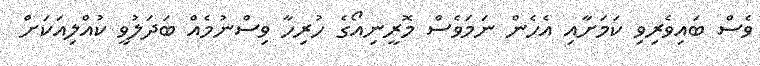
ވެސް ބައިވެރިވި ކަމަށާއި އެހެން ނަމަވެސް މޮރީނިއޯގެ ހުރިހާ ވިސްނުމެއް ބަދަލުވީ ކުއްލިއަކަށް